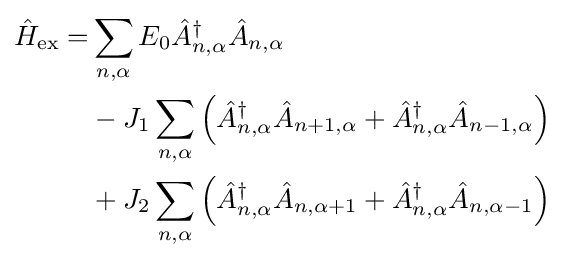
{\begin{aligned}{\hat {H}}_{\text{ex}}=&\sum _{n,\alpha }E_{0}{\hat {A}}_{n,\alpha }^{\dagger }{\hat {A}}_{n,\alpha }\\&-J_{1}\sum _{n,\alpha }\left({\hat {A}}_{n,\alpha }^{\dagger }{\hat {A}}_{n+1,\alpha }+{\hat {A}}_{n,\alpha }^{\dagger }{\hat {A}}_{n-1,\alpha }\right)\\&+J_{2}\sum _{n,\alpha }\left({\hat {A}}_{n,\alpha }^{\dagger }{\hat {A}}_{n,\alpha +1}+{\hat {A}}_{n,\alpha }^{\dagger }{\hat {A}}_{n,\alpha -1}\right)\end{aligned}}